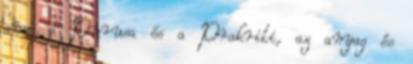
ami a Purusa és a Prakriti, az anyag és